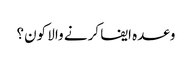
وعدہ ایفا کرنے والا کون؟